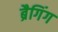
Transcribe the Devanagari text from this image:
ब्रैगिंग